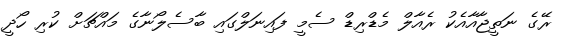
ރޭގެ ނަތީޖާއާއެކު ރެއާލް މެޑްރިޑް ސެމީ ފައިނަލްގައި ބާސެލޯނާގެ މައްޗަށް ކުރި ހޯދީ